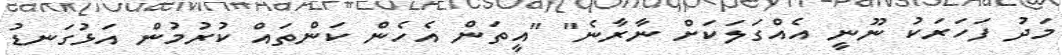
މަދު ފަހަރަކު ނޫނީ އެއްގަލަކަށް ނާރާނެ" "އީތަން އެހެން ކަންތައް ކުރުމުން އަޅުގަނޑު